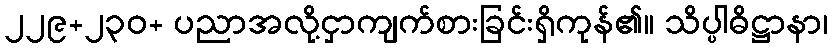
၂၂၉+၂၃၀+ ပညာအလို့ငှာကျက်စားခြင်းရှိကုန်၏။ သိပ္ပါဓိဋ္ဌာနာ၊